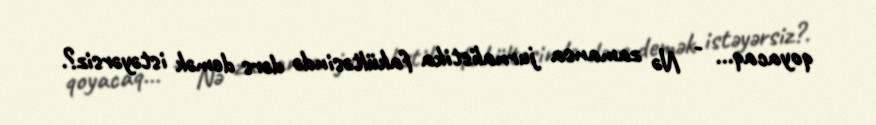
qoyacaq... - Nə zamansa jurnalistika fakültəsində dərs demək istəyərsiz?.